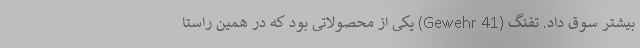
بیشتر سوق داد. تفنگ (Gewehr 41) یکی از محصولاتی بود که در همین راستا